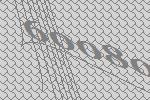
60080